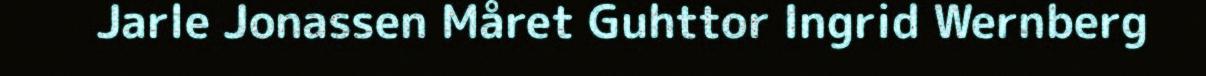
Jarle Jonassen Måret Guhttor Ingrid Wernberg